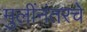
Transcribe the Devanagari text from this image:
मुलींनंतरचे